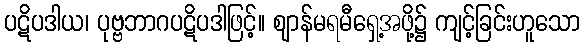
ပဋိပဒါယ၊ ပုဗ္ဗဘာဂပဋိပဒါဖြင့်။ ဈာန်မရမီရှေ့အဖို့၌ ကျင့်ခြင်းဟူသော